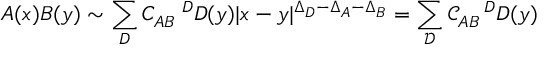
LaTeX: A ( x ) B ( y ) \sim \sum _ { D } C _ { A B } ^ { \; \; \; \; \; D } D ( y ) | x - y | ^ { \Delta _ { D } - \Delta _ { A } - \Delta _ { B } } = \sum _ { { \mathcal { D } } } { \mathcal { C } } _ { A B } ^ { \; \; \; \; \; D } D ( y )